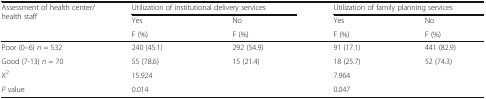
| <ROWSPAN=3> Assessment of health center/ health staff | <COLSPAN=2> Utilization of institutional delivery services | <COLSPAN=2> Utilization of family planning services |
 | Yes | No | Yes | No |
 | F (%) | F (%) | F (%) | F (%) |
 | --- | --- | --- | --- | --- |
 | Poor (0–6) n = 532 | 240 (45.1) | 292 (54.9) | 91 (17.1) | 441 (82.9) |
 | Good (7-13) n = 70 | 55 (78.6) | 15 (21.4) | 18 (25.7) | 52 (74.3) |
 | X2 | <COLSPAN=2> 15.924 | <COLSPAN=2> 7.964 |
 | P value | <COLSPAN=2> 0.014 | <COLSPAN=2> 0.047 |